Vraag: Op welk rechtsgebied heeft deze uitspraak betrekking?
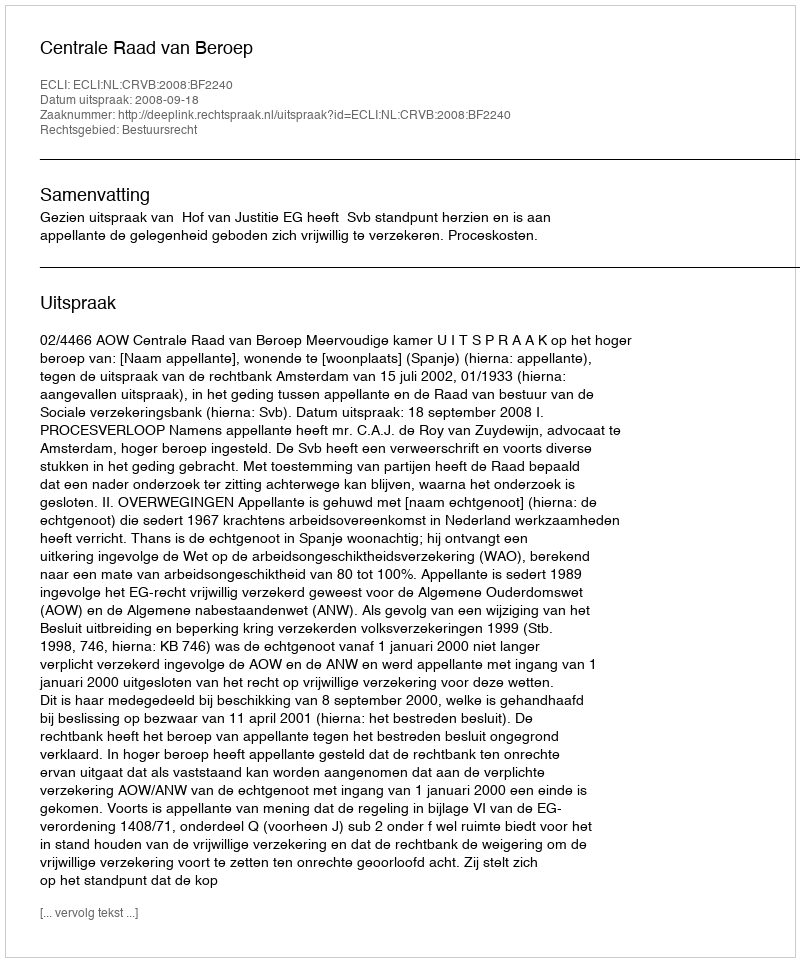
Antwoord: Bestuursrecht